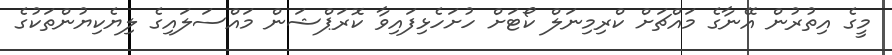
މީގެ އިތުރުން އޭނާގެ މައްޗަށް ކްރިމިނަލް ކޯޓަށް ހުށަހެޅިފައިވާ ކޮރަޕްޝަން މައްސަލައިގެ ލިޔެކިޔުންތަކުގެ